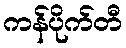
ကန်ပိုက်တီ